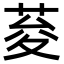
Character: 荾